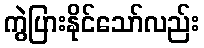
ကွဲပြားနိုင်သော်လည်း